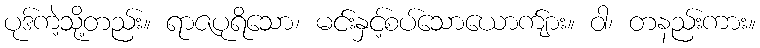
ပုဒ်ကဲ့သို့တည်း။ ရာဇပုရိသော၊ မင်းနှင့်စပ်သောယောက်ျား။ ဝါ၊ တနည်းကား။